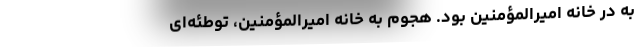
به در خانه امیرالمؤمنین بود. هجوم به خانه امیرالمؤمنین، توطئه‌ای